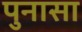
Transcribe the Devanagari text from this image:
पुनासा